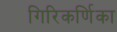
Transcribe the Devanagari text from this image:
गिरिकर्णिका